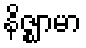
နိဇ္ဈာမာ